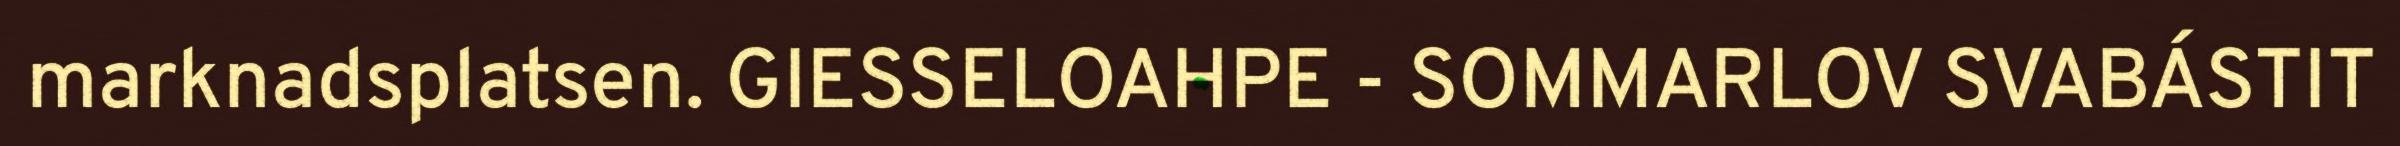
marknadsplatsen. GIESSELOAHPE - SOMMARLOV SVABÁSTIT